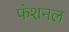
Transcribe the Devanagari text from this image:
फंशनल